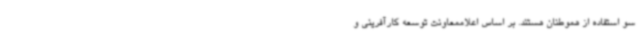
سو استفاده از هموطنان هستند. بر اساس اعلاممعاونت توسعه کارآفرینی و